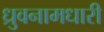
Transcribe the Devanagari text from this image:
ध्रुवनामधारी